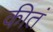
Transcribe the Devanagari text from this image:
कीतं